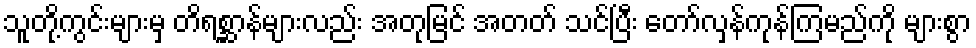
သူတို့ကွင်းများမှ တိရစ္ဆာန်များလည်း အတုမြင် အတတ် သင်ပြီး တော်လှန်ကုန်ကြမည်ကို များစွာ